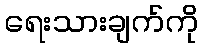
ရေးသားချက်ကို